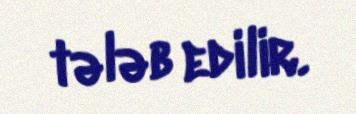
tələb edilir.